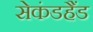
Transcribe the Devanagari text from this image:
सेकंडहैंड